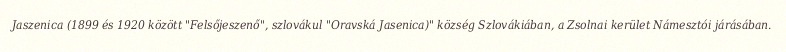
Jaszenica (1899 és 1920 között "Felsőjeszenő", szlovákul "Oravská Jasenica)" község Szlovákiában, a Zsolnai kerület Námesztói járásában.